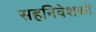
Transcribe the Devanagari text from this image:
सहनिवेशकों